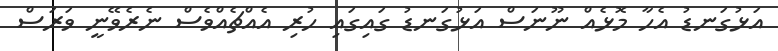
އަޅުގަނޑު އެހާ މޮޅެއް ނޫނަސް އަޅުގަނޑު ގައިގައި ހުރި އެއްޗެއްވެސް ނެެރެވޭނީ ވަރަސް